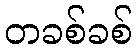
တခစ်ခစ်